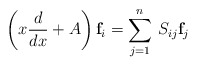
\begin{align*}\left(x{d\over dx}+A\right){\bf f}_i=\sum\limits_{j=1}^n\,S_{ij}{\bf f}_j\end{align*}